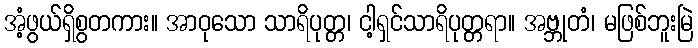
အံ့ဖွယ်ရှိစွတကား။ အာဝုသော သာရိပုတ္တ၊ ငါ့ရှင်သာရိပုတ္တရာ။ အဗ္ဘုတံ၊ မဖြစ်ဘူးမြဲ